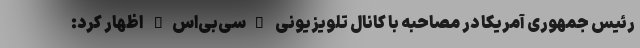
رئیس جمهوری آمریکا در مصاحبه با کانال تلویزیونی "سی‌بی‌اس" اظهار کرد: